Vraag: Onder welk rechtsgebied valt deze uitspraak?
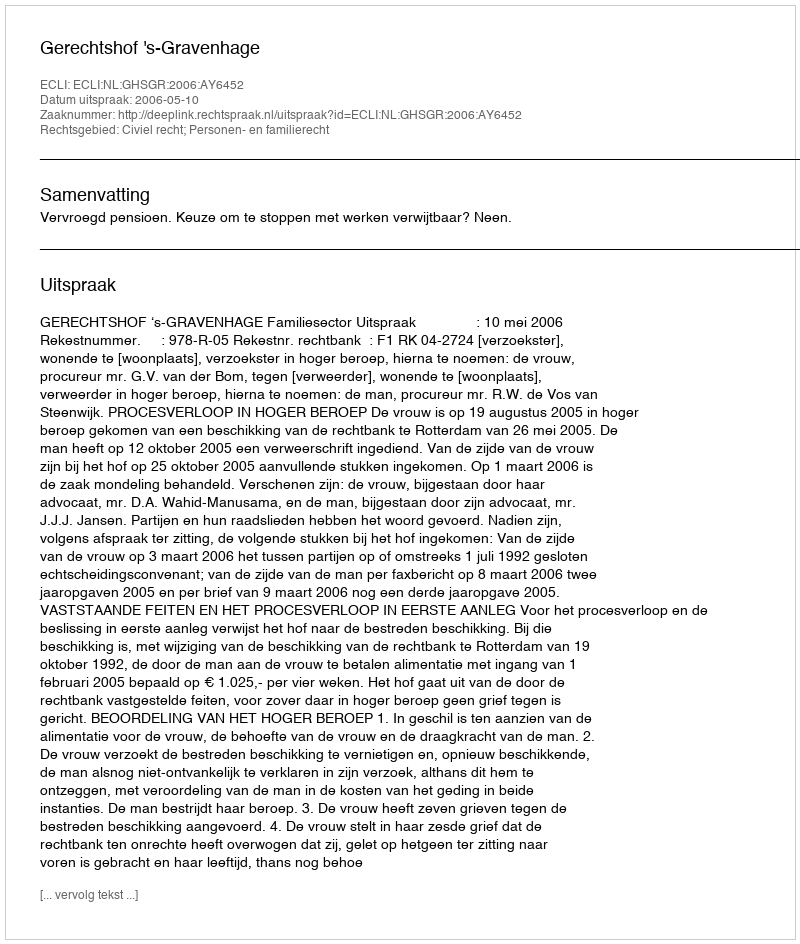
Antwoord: Civiel recht; Personen- en familierecht